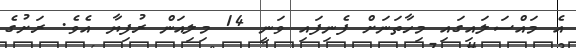
އެ މައްސަލައިގައި މިހާތަނަށް ފެނިފައި ވަނީ 14 މިލިއަން ރުފިޔާ އެވެ. ރަށުގެ